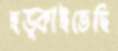
হড়্‌কাইতেছি